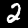
Digit: 2